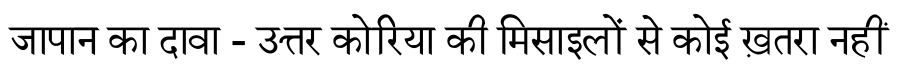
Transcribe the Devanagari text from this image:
जापान का दावा - उत्तर कोरिया की मिसाइलों से कोई ख़तरा नहीं